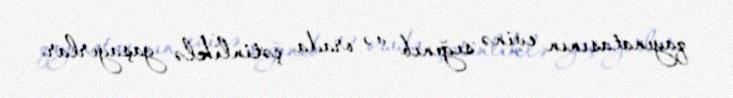
qayınatasının evinə sığınıb və orada çətinliklə yaşayırlar.